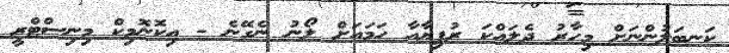
ކަނބަލުންނަށް މިހާރު ދެލައްކަ ރުފިޔާއާ ހަމައަށް ލޯނު ނެގޭނެ - އިކޮނޮމިކް މިނިސްޓްރީ